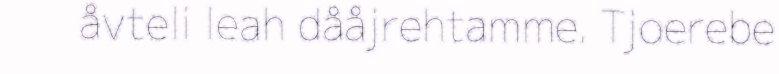
åvteli leah dååjrehtamme. Tjoerebe